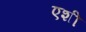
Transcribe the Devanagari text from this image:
एशी